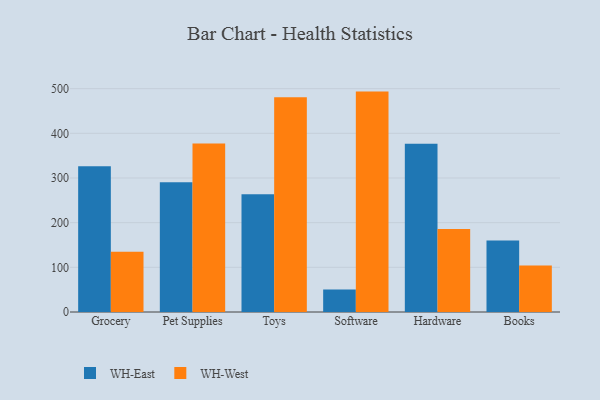
{"axis": {"x": "Category", "y": "Latency (ms)"}, "legend": ["WH-East", "WH-West"], "data": [{"x": "Grocery", "y": 326.3, "type": "WH-East"}, {"x": "Grocery", "y": 134.9, "type": "WH-West"}, {"x": "Pet Supplies", "y": 290.6, "type": "WH-East"}, {"x": "Pet Supplies", "y": 377.1, "type": "WH-West"}, {"x": "Toys", "y": 263.4, "type": "WH-East"}, {"x": "Toys", "y": 481.0, "type": "WH-West"}, {"x": "Software", "y": 50.2, "type": "WH-East"}, {"x": "Software", "y": 493.4, "type": "WH-West"}, {"x": "Hardware", "y": 376.6, "type": "WH-East"}, {"x": "Hardware", "y": 185.8, "type": "WH-West"}, {"x": "Books", "y": 160.3, "type": "WH-East"}, {"x": "Books", "y": 103.9, "type": "WH-West"}]}